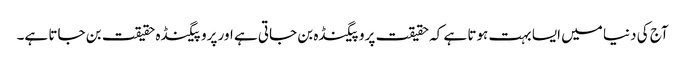
آج کی دنیا میں ایسا بہت ہوتا ہے کہ حقیقت پروپیگنڈہ بن جاتی ہے اور پروپیگنڈہ حقیقت بن جاتا ہے۔